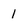
Character: 1